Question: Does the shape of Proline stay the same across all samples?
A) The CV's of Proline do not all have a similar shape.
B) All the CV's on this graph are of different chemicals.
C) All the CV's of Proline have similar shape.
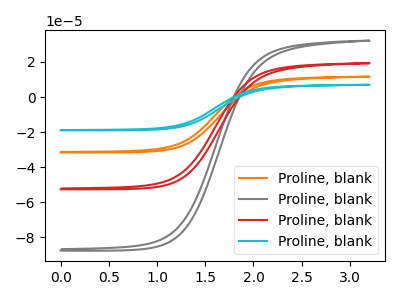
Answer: <think>The orange curve "Proline, blank1" has no peaks. The gray curve "Proline, blank2" has no peaks. The red curve "Proline, blank3" has no peaks. The cyan curve "Proline, blank4" has no peaks.
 Neither "Proline, blank1" or "Proline, blank2" have any peaks. Neither "Proline, blank1" or "Proline, blank3" have any peaks. Neither "Proline, blank1" or "Proline, blank4" have any peaks. Neither "Proline, blank2" or "Proline, blank3" have any peaks. Neither "Proline, blank2" or "Proline, blank4" have any peaks. Neither "Proline, blank3" or "Proline, blank4" have any peaks.</think>
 <answer>C) All the CV's of "Proline" have similar shape.</answer>
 <eval>C</eval>